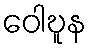
ဝေါဎူန